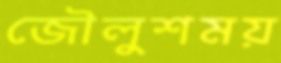
জৌলুশময়